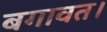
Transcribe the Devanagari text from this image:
बगावत।